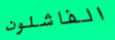
الفاشلون